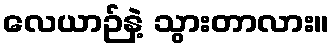
လေယာဉ်နဲ့ သွားတာလား။